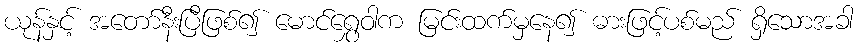
ယုန်နှင့် အတော်နီးပြီဖြစ်၍ မောင်ရွှေဝါက မြင်းထက်မှနေ၍ ဓားဖြင့်ပစ်မည် ရှိသောအခါ